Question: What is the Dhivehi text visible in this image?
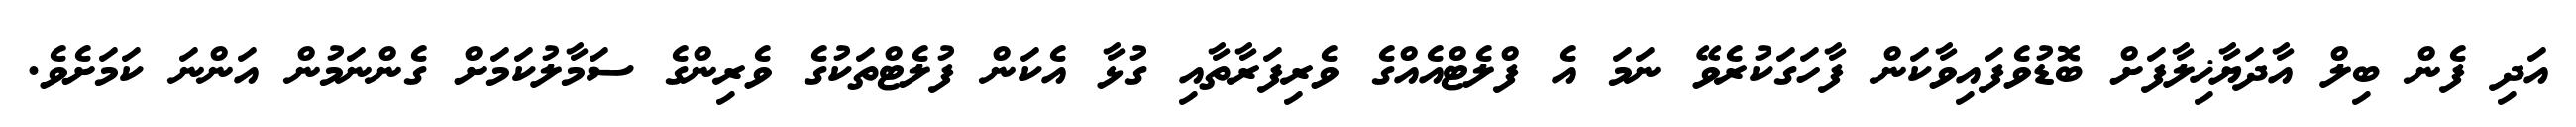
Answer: އަދި ފެން ބިލް އާދަޔާޚިލާފަށް ބޮޑުވެފައިވާކަން ފާހަގަކުރެވޭ ނަމަ އެ ފްލެޓްއެއްގެ ވެރިފަރާތާއި ގުޅާ އެކަން ފުލެޓްތަކުގެ ވެރިންގެ ސަމާލުކަމަށް ގެންނަމުން އަންނަ ކަމަށެވެ.